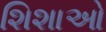
શિશાઓ